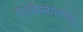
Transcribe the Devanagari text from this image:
मिथिलाखण्ड